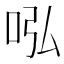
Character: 𠰈